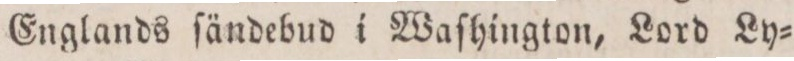
Englands ſändebud i Waſhington, Lord Ly=